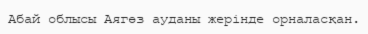
Абай облысы Аягөз ауданы жерінде орналасқан.